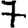
Digit: 7